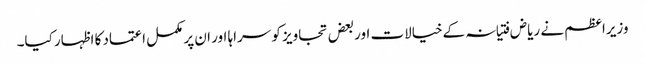
وزیراعظم نے ریاض فتیانہ کےخیالات اوربعض تجاویز کو سراہا اور ان پر مکمل اعتماد کا اظہار کیا۔